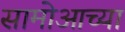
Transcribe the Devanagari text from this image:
सामोआच्या